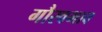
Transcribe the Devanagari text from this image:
गौरवभाव